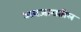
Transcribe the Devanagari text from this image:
अवजारातील